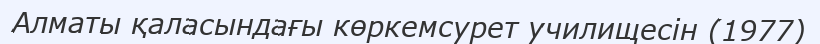
Алматы қаласындағы көркемсурет училищесін (1977)